Indian journal of veterinary science and animal husbandry - Volume 5,
Year: 1935
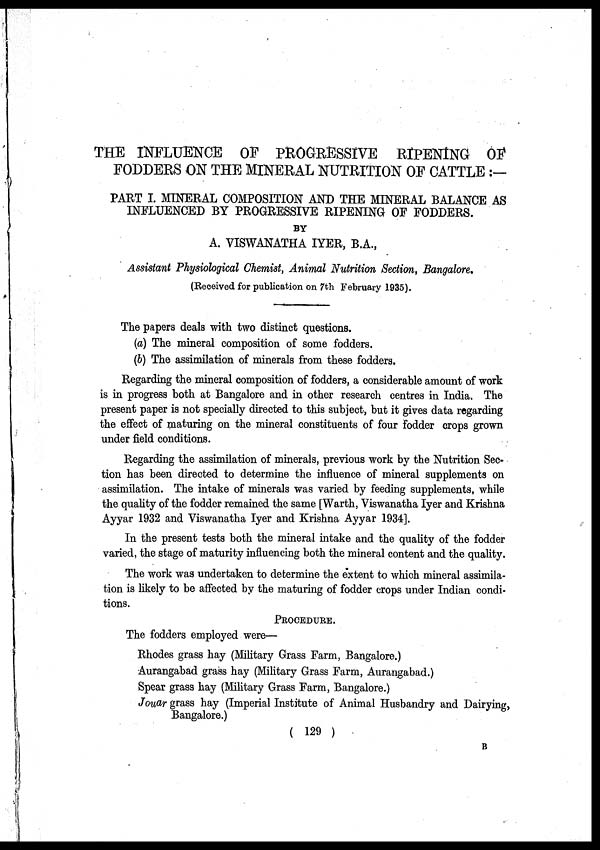
THE INFLUENCE OF PROGRESSIVE RIPENING OF
FODDERS ON THE MINERAL NUTRITION OF CATTLE :—
PART I. MINERAL COMPOSITION AND THE MINERAL BALANCE AS
INFLUENCED BY PROGRESSIVE RIPENING OF FODDERS.
BY
A. VISWANATHA IYER, B.A.,
Assistant Physiological Chemist, Animal Nutrition Section, Bangalore.
(Received for publication on 7th February 1935).
The papers deals with two distinct questions.
(a) The mineral composition of some fodders.
(b) The assimilation of minerals from these fodders.
Regarding the mineral composition of fodders, a considerable amount of work
is in progress both at Bangalore and in other research centres in India. The
present paper is not specially directed to this subject, but it gives data regarding
the effect of maturing on the mineral constituents of four fodder crops grown
under field conditions.
Regarding the assimilation of minerals, previous work by the Nutrition Sec-
tion has been directed to determine the influence of mineral supplements on
assimilation. The intake of minerals was varied by feeding supplements, while
the quality of the fodder remained the same [Warth, Viswanatha Iyer and Krishna
Ayyar 1932 and Viswanatha Iyer and Krishna Ayyar 1934].
In the present tests both the mineral intake and the quality of the fodder
varied, the stage of maturity influencing both the mineral content and the quality.
The work was undertaken to determine the extent to which mineral assimila-
tion is likely to be affected by the maturing of fodder crops under Indian condi-
tions.
PROCEDURE.
The fodders employed were—
Rhodes grass hay (Military Grass Farm, Bangalore.)
Aurangabad grass hay (Military Grass Farm, Aurangabad.)
Spear grass hay (Military Grass Farm, Bangalore.)
Jouar grass hay (Imperial Institute of Animal Husbandry and Dairying,
Bangalore.)
( 129 )
B